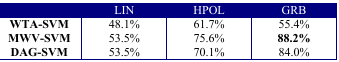
|  | LIN | HPOL | GRB |
 | --- | --- | --- | --- |
 | WTA-SVM | 48.1% | 61.7% | 55.4% |
 | MWV-SVM | 53.5% | 75.6% | 88.2% |
 | DAG-SVM | 53.5% | 70.1% | 84.0% |